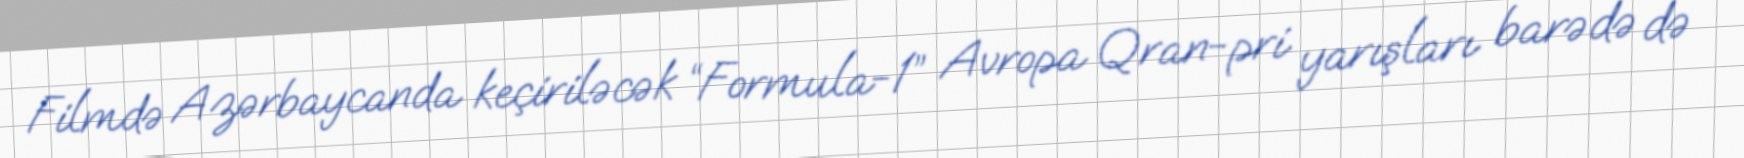
Filmdə Azərbaycanda keçiriləcək “Formula-1” Avropa Qran-pri yarışları barədə də